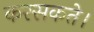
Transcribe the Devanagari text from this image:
करसकते।